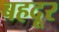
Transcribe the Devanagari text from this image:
बहदूर